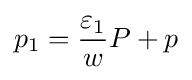
p_{1}={\frac {\varepsilon _{1}}{w}}P+p